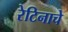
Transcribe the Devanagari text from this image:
रेटिनाचे